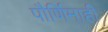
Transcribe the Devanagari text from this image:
पौर्णिमाही